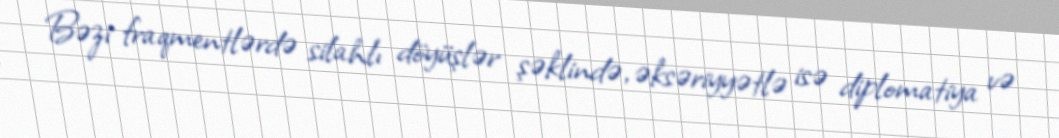
Bəzi fraqmentlərdə silahlı döyüşlər şəklində, əksəriyyətlə isə diplomatiya və